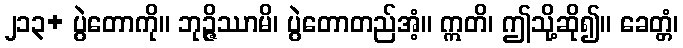
၂၁၃+ ပွဲတောကို။ ဘုဉ္ဇိဿာမိ၊ ပွဲတောတည်အံ့။ ဣတိ၊ ဤသို့ဆို၍။ ခေတ္တံ၊